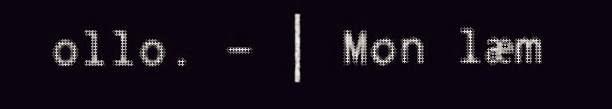
ollo. - | Mon læm